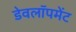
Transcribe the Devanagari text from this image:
डेवलॉपमेंट